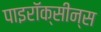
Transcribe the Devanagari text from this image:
पाइरॉक्सीन्स